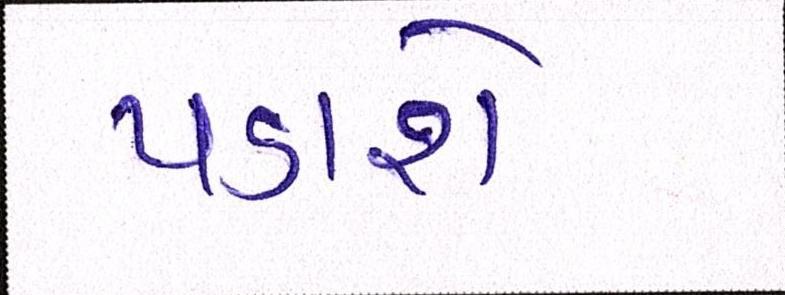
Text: પડાશે